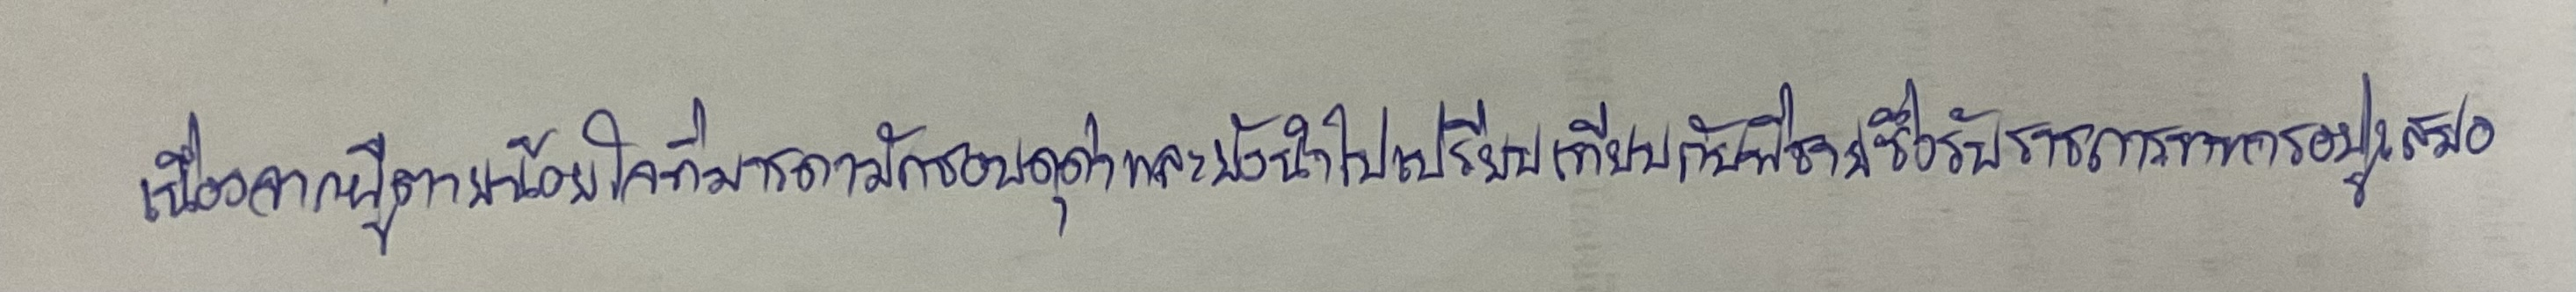
เนื่องจากผู้ตายน้อยใจที่มารดามักชอบดุด่าและยังนำไปเปรียบเทียบกับพี่ชายซึ่งรับราชการทหารอยู่เสมอ